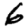
Digit: 6